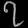
Digit: ၇